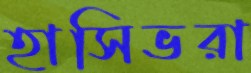
হাসিভরা